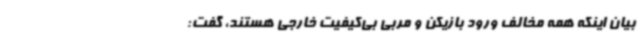
بیان اینکه همه مخالف ورود بازیکن و مربی بی‌کیفیت خارجی هستند، گفت: